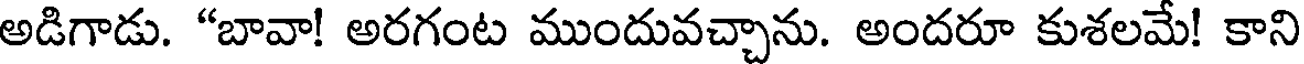
అడిగాడు. "బావా! అరగంట ముందువచ్చాను. అందరూ కుశలమే! కాని